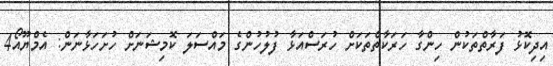
އިދިކޮޅު ފަރާތްތަކުން ހިންގާ ހަރަކާތްތަކަށް ހުރަސްއަޅާ ފުލުހުންގެ މައްސަލަ ކޮމިޝަނަށް ހުށަހަޅާނަން: އެމްޔޫއޯ4